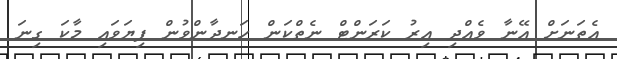
އެތަނަށް އޭނާ ވެއްދި އިރު ކަރަންޓް ނެތްކަން ހަނދާންވުން ފިޔަވައި މާކަ ގިނަ